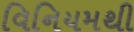
વિનિયમથી